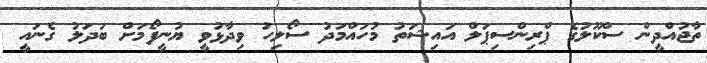
ތާޖުއްދީން ސްކޫލުގެ ޕްރިންސިޕަލް އައިޝަތު މުހައްމަދު ސޯލިހު ވިދާޅުވީ ޔުނީފޯމަށް ބަދަލު ގެނައީ